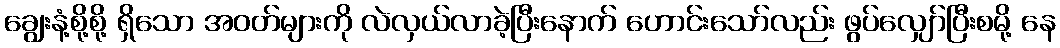
ချွေးနံ့စို့စို့ ရှိသော အဝတ်များကို လဲလှယ်လာခဲ့ပြီးနောက် ဟောင်းသော်လည်း ဖွပ်လျှော်ပြီးစမို့ နေ